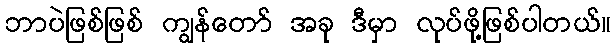
ဘာပဲဖြစ်ဖြစ် ကျွန်တော် အခု ဒီမှာ လုပ်ဖို့ဖြစ်ပါတယ်။